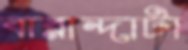
বারান্দাটা